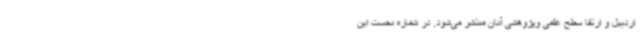
اردبیل و ارتقا سطح علمی وپژوهشی آنان منتشر می‌شود. در شماره نخست این